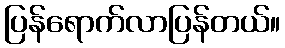
ပြန်ရောက်လာပြန်တယ်။